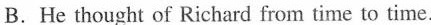
B. He thought of Richard from time to time.